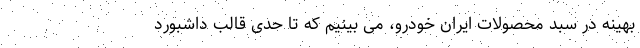
بهینه در سبد محصولات ایران خودرو، می بینیم که تا حدی قالب داشبورد